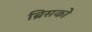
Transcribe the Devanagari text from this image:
ब्रिसको